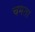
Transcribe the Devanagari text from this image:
चमता